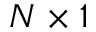
N \times 1